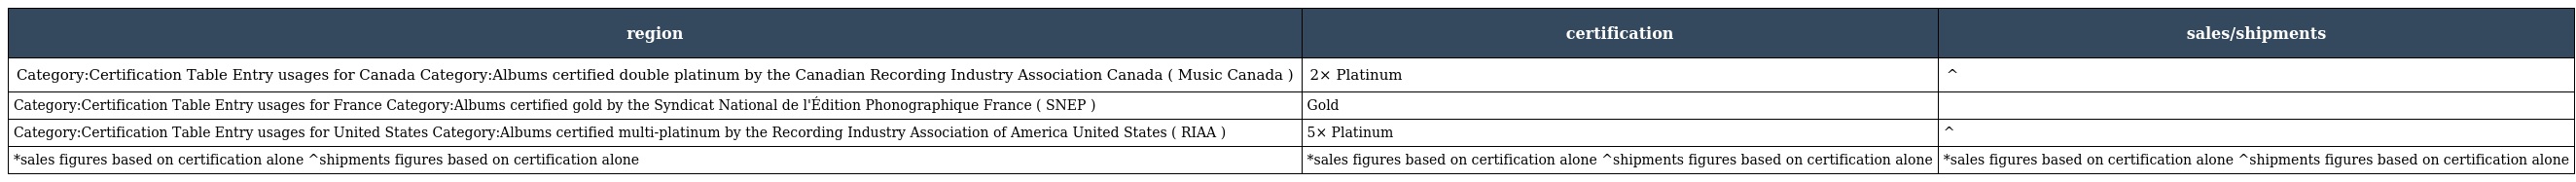
| region | certification | sales/shipments |
 | --- | --- | --- |
 | Category:Certification Table Entry usages for Canada Category:Albums certified double platinum by the Canadian Recording Industry Association Canada ( Music Canada ) | 2× Platinum | ^ |
 | Category:Certification Table Entry usages for France Category:Albums certified gold by the Syndicat National de l'Édition Phonographique France ( SNEP ) | Gold |  |
 | Category:Certification Table Entry usages for United States Category:Albums certified multi-platinum by the Recording Industry Association of America United States ( RIAA ) | 5× Platinum | ^ |
 | *sales figures based on certification alone ^shipments figures based on certification alone | *sales figures based on certification alone ^shipments figures based on certification alone | *sales figures based on certification alone ^shipments figures based on certification alone |